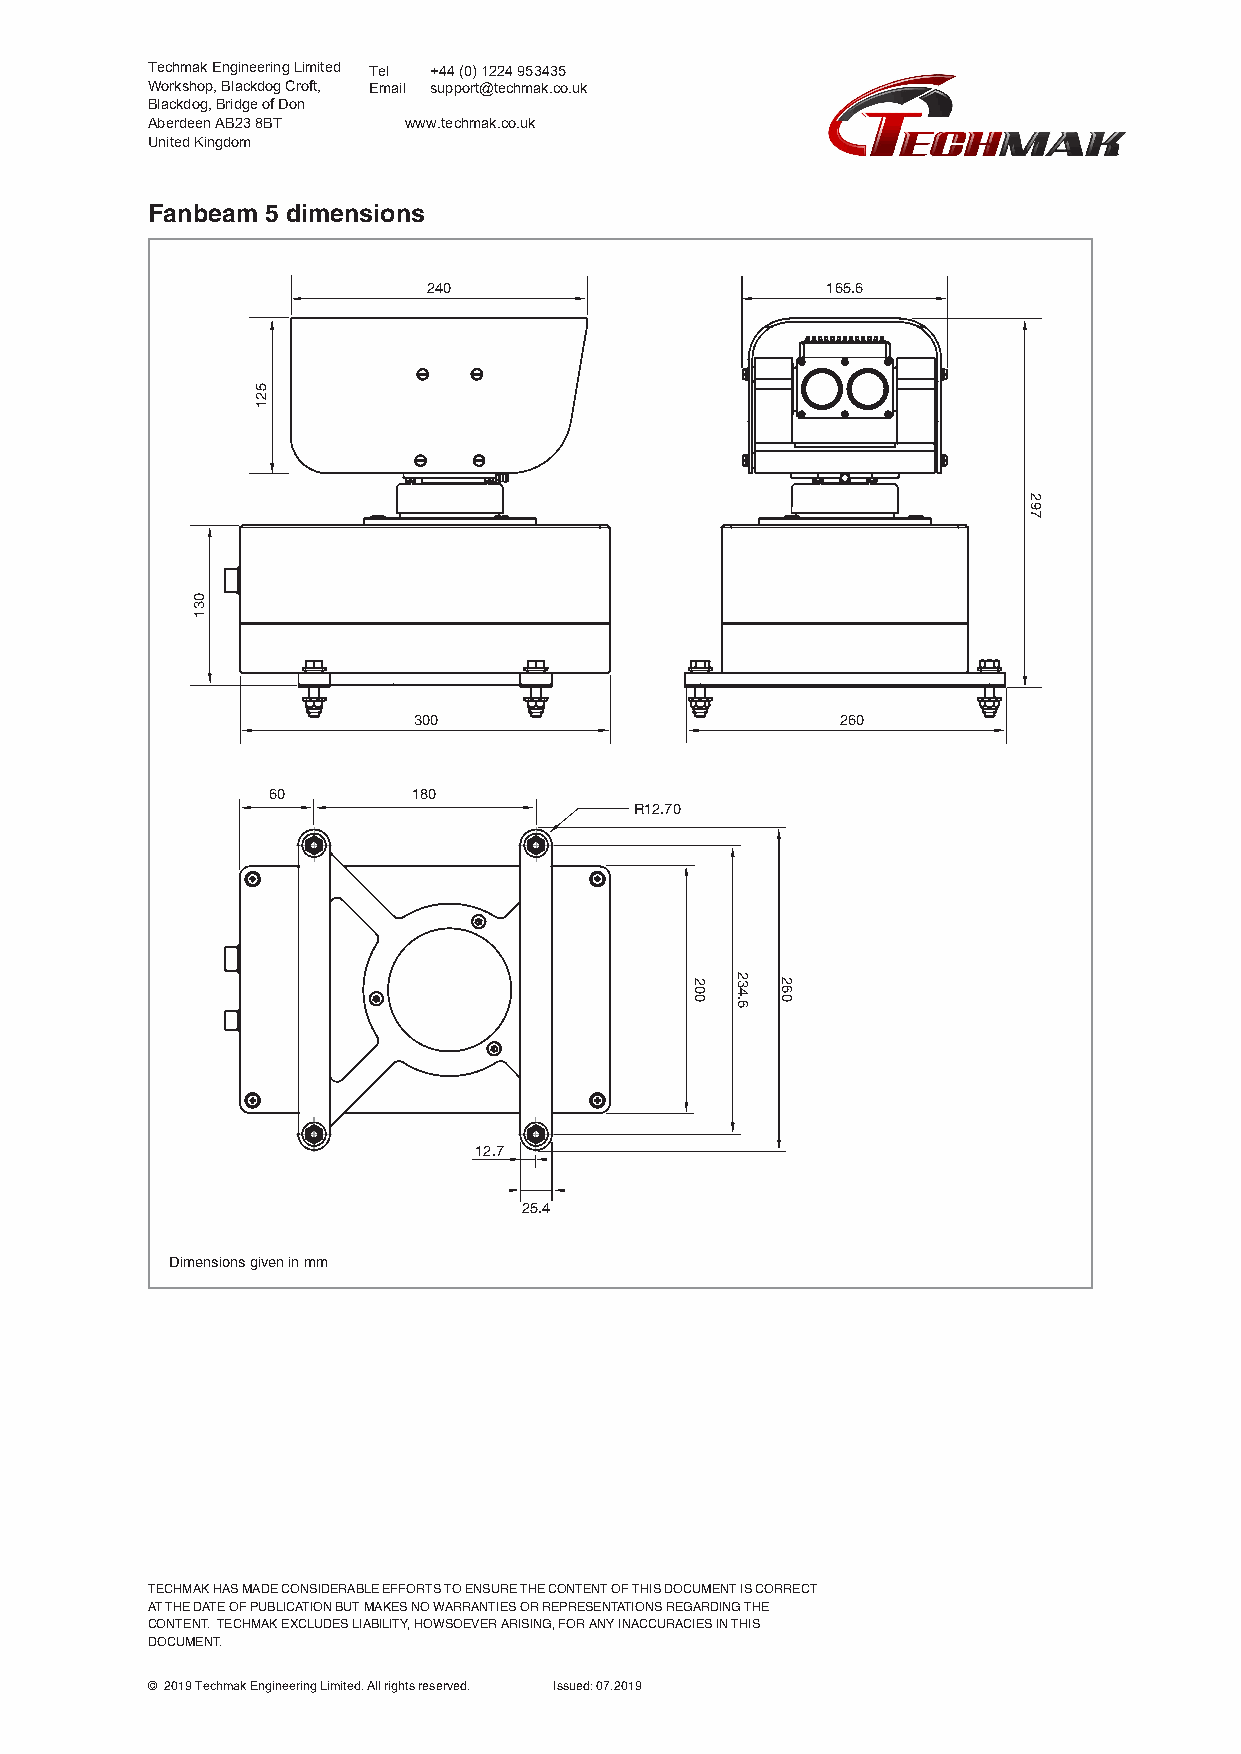
Techmak Engineering Limited T e l +44 (0) 1224 953435
 Workshop, Blackdog Croft, Email support@techmak.co.uk
 Blackdog, Bridge of Don
 Aberdeen AB23 8BT www.techmak.co.uk
 United Kingdom
 Fanbeam 5 dimensions
 240                        165.6
 300                          260
 60       180
 R12.70
 12.7
 25.4
 Dimensions given in mm
 TECHMAK HAS MADE CONSIDERABLE EFFORTS TO ENSURE THE CONTENT OF THIS DOCUMENT IS CORRECT
 AT THE DATE OF PUBLICATION BUT MAKES NO WARRANTIES OR REPRESENTATIONS REGARDING THE
 CONTENT. TECHMAK EXCLUDES LIABILITY, HOWSOEVER ARISING, FOR ANY INACCURACIES IN THIS
 DOCUMENT.
 © 2019 Techmak Engineering Limited. All rights reserved. Issued: 07.2019
 031
 521
 200 234.6 260
 297